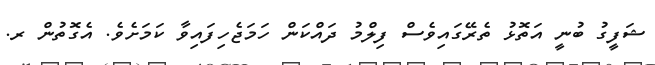
ޝަފީގު ބުނީ އަތޮޅު ތެރޭގައިވެސް ފިލްމު ދައްކަން ހަމަޖެހިފައިވާ ކަމަށެވެ. އެގޮތުން ރ.